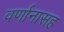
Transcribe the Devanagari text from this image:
वर्णानासह